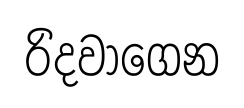
රිදවාගෙන